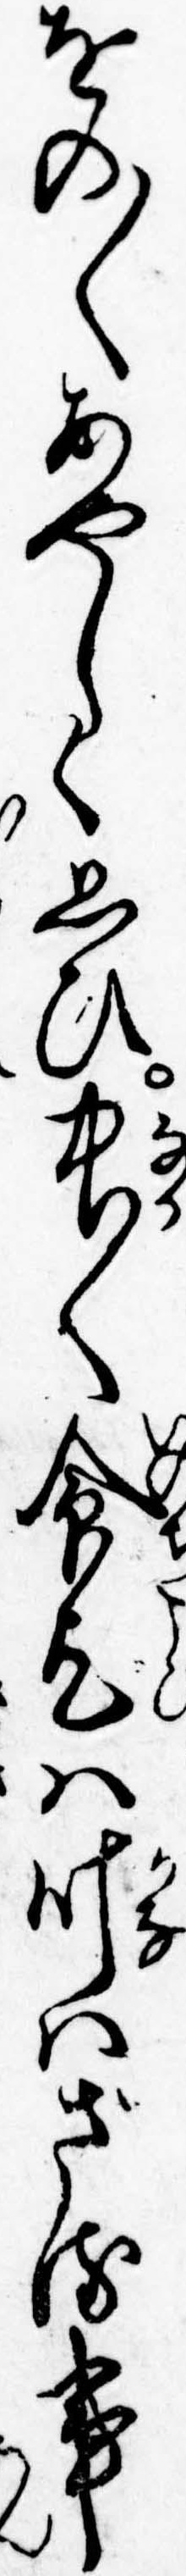
をの〱あやしく思ひ中〱命乞は叶はざる事